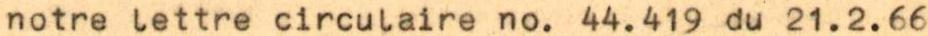
notre lettre circulaire no. 44.419 du 21.2.66